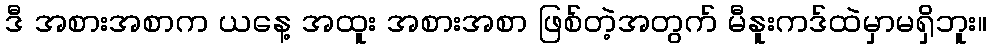
ဒီ အစားအစာက ယနေ့ အထူး အစားအစာ ဖြစ်တဲ့အတွက် မီနူးကဒ်ထဲမှာမရှိဘူး။